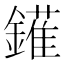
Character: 𨬶